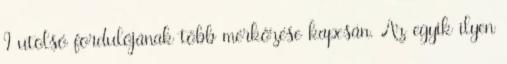
I utolsó fordulójának több mérkőzése kapcsán. Az egyik ilyen